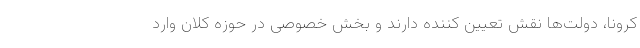
کرونا، دولت‌ها نقش تعیین کننده دارند و بخش خصوصی در حوزه کلان وارد